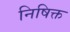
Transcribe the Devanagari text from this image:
निषिक्त